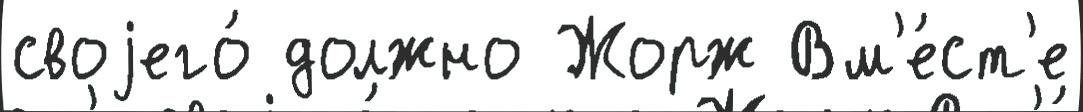
своjего́ должно Жорж Вм'е́ст'е